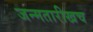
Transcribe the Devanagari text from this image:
जन्मतारीखच